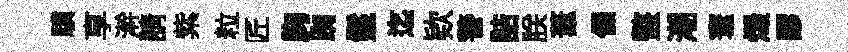
驥享澣請紫粒匠胸踟鬣迄欵警詰朕葦㒒盩潮寰燬謬